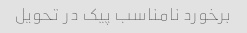
برخورد نامناسب پیک در تحویل